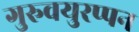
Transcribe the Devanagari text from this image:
गुरुवयुरप्पन